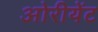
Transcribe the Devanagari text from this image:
ओरीयेंट